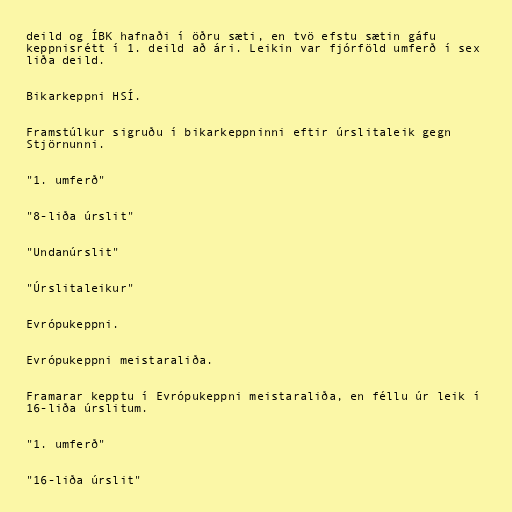
deild og ÍBK hafnaði í öðru sæti, en tvö efstu sætin gáfu
keppnisrétt í 1. deild að ári. Leikin var fjórföld umferð í sex
liða deild.

Bikarkeppni HSÍ.

Framstúlkur sigruðu í bikarkeppninni eftir úrslitaleik gegn
Stjörnunni.

"1. umferð"

"8-liða úrslit"

"Undanúrslit"

"Úrslitaleikur"

Evrópukeppni.

Evrópukeppni meistaraliða.

Framarar kepptu í Evrópukeppni meistaraliða, en féllu úr leik í
16-liða úrslitum.

"1. umferð"

"16-liða úrslit"